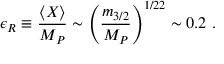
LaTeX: \epsilon _ { \cal R } \equiv \frac { \langle X \rangle } { M _ { P } } \sim \left( \frac { m _ { 3 / 2 } } { M _ { P } } \right) ^ { 1 / 2 2 } \sim 0 . 2 ~ .